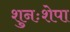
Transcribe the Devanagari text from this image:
शुनःशेपा